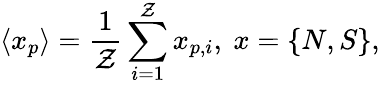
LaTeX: \langle x_{p}\rangle=\frac{1}{\mathcal{Z}}\sum_{i=1}^{\mathcal{Z}}x_{p,i},\ x=\{ N,S\} ,